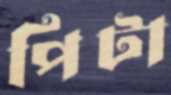
পিটা